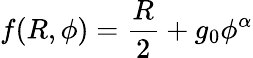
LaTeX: f(R,\phi)=\frac{R}{2}+g_{0}\phi^{\alpha}